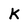
Character: K